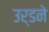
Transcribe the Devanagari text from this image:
उर्डने